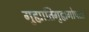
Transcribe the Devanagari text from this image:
गुह्यातिगुह्यगोपता